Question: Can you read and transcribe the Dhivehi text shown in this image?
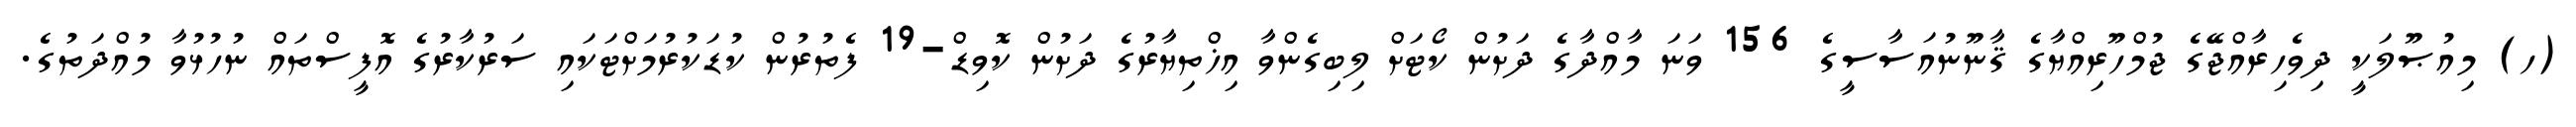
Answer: (ހ) މިއުޞޫލަކީ ދިވެހިރާއްޖޭގެ ޖުމްހޫރިއްޔާގެ ޤާނޫނުއަސާސީގެ 156 ވަނަ މާއްދާގެ ދަށުން ކޯޓަށް ލިބިގެންވާ އިޚްތިޔާރުގެ ދަށުން ކޮވިޑް-19 ފެތުރުން ކުޑަކުރުމަށްޓަކައި ސަރުކާރުގެ އޮފީސްތައް ނުހުޅުވާ މުއްދަތުގެ.